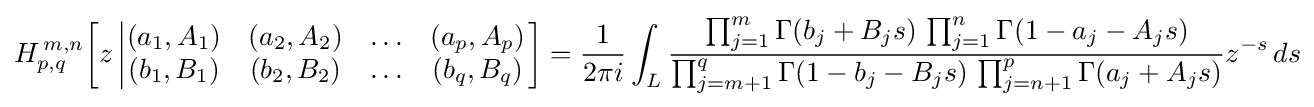
H_{p,q}^{\,m,n}\!\left[z\left|{\begin{matrix}(a_{1},A_{1})&(a_{2},A_{2})&\ldots &(a_{p},A_{p})\\(b_{1},B_{1})&(b_{2},B_{2})&\ldots &(b_{q},B_{q})\end{matrix}}\right.\right]={\frac {1}{2\pi i}}\int _{L}{\frac {\prod _{j=1}^{m}\Gamma (b_{j}+B_{j}s)\,\prod _{j=1}^{n}\Gamma (1-a_{j}-A_{j}s)}{\prod _{j=m+1}^{q}\Gamma (1-b_{j}-B_{j}s)\,\prod _{j=n+1}^{p}\Gamma (a_{j}+A_{j}s)}}z^{-s}\,ds